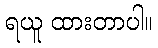
ရယူ ထားတာပါ။